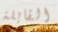
القابلة